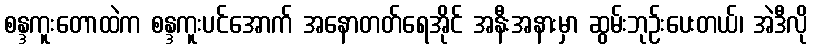
စန္ဒကူးတောထဲက စန္ဒကူးပင်အောက် အနောတတ်ရေအိုင် အနီးအနားမှာ ဆွမ်းဘုဉ်းပေးတယ်၊ အဲဒီလို